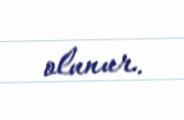
olunur.